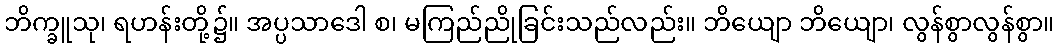
ဘိက္ခူသု၊ ရဟန်းတို့၌။ အပ္ပသာဒေါ စ၊ မကြည်ညိုခြင်းသည်လည်း။ ဘိယျော ဘိယျော၊ လွန်စွာလွန်စွာ။